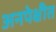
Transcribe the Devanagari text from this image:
अनपेक्षीत